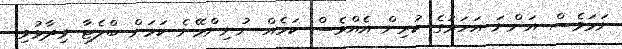
ނަމަވެސް އަންނަ އަހަރުގެ ކުރިން އެއްވެސް ކަމެއް ނުނިންމޭނެ ކަމަށް ބްލެޓާ ވިދާޅުވި